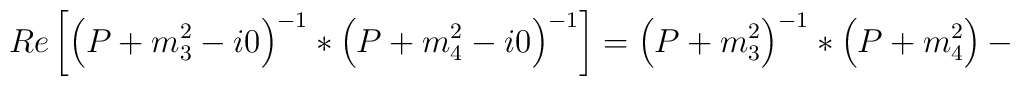
Re\left[\left(P+m_3^2-i0\right)^{-1} \ast\left(P+m_4^2-i0\right)^{-1}\right]=\left(P+m_3^2\right)^{-1}\ast \left(P+m_4^2\right) -